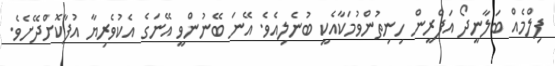
ފިލްމެއް ބަލާނީދޯ އަފްރީން ހިނިތުންވުމަކާއެކީ ބުނެލިއެވެ. އޭނަ ބޭނުންވީ އޭނަގެ އެކުވެރިޔާ އުފާކޮށްދޭށެވެ.